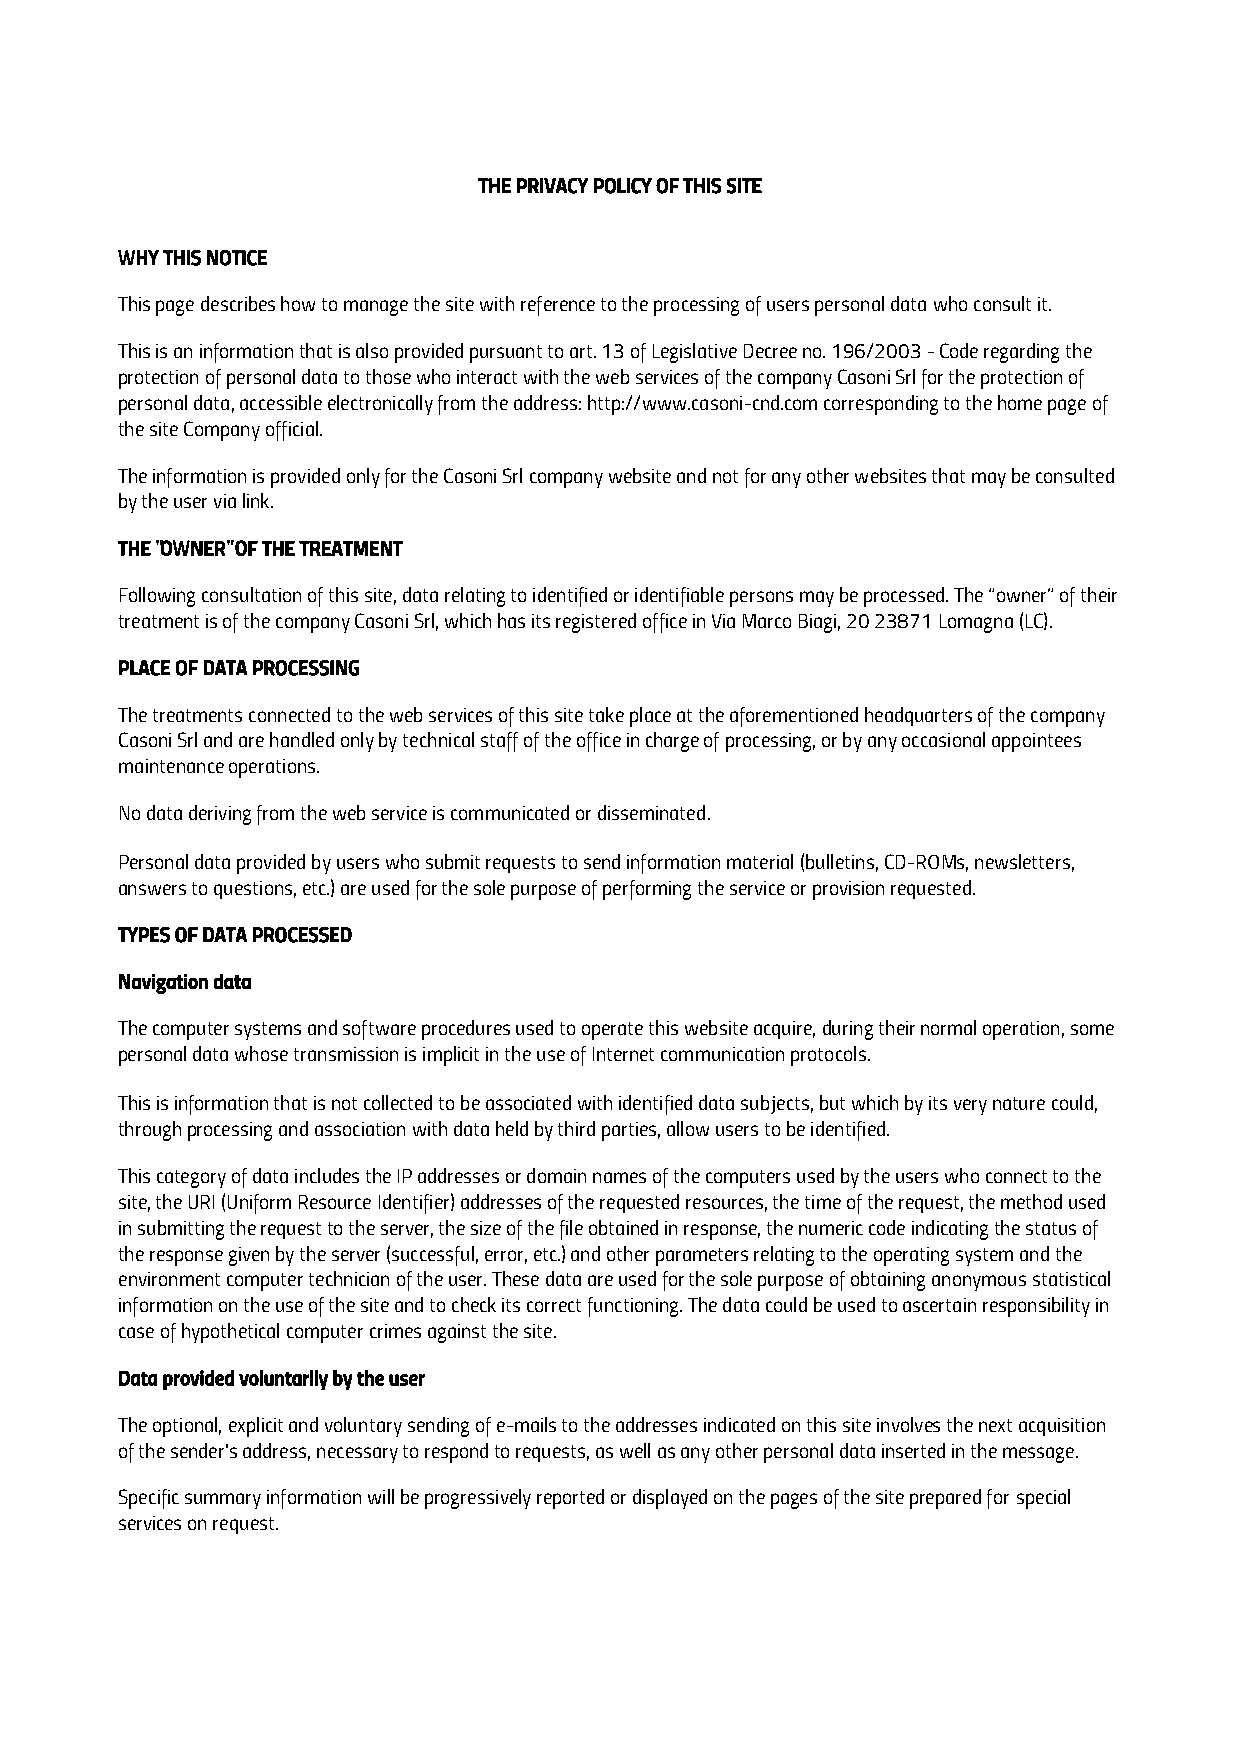
THE PRIVACY POLICY OF THIS SITE
 WHY THIS NOTICE
 This page describes how to manage the site with reference to the processing of users personal data who consult it.
 This is an information that is also provided pursuant to art. 13 of Legislative Decree no. 196/2003 - Code regarding the
 protection of personal data to those who interact with the web services of the company Casoni Srl for the protection of
 personal data, accessible electronically from the address: http://www.casoni-cnd.com corresponding to the home page of
 the site Company official.
 The information is provided only for the Casoni Srl company website and not for any other websites that may be consulted
 by the user via link.
 THE "OWNER" OF THE TREATMENT
 Following consultation of this site, data relating to identified or identifiable persons may be processed. The “owner” of their
 treatment is of the company Casoni Srl, which has its registered office in Via Marco Biagi, 20 23871 Lomagna (LC).
 PLACE OF DATA PROCESSING
 The treatments connected to the web services of this site take place at the aforementioned headquarters of the company
 Casoni Srl and are handled only by technical staff of the office in charge of processing, or by any occasional appointees
 maintenance operations.
 No data deriving from the web service is communicated or disseminated.
 Personal data provided by users who submit requests to send information material (bulletins, CD-ROMs, newsletters,
 answers to questions, etc.) are used for the sole purpose of performing the service or provision requested.
 TYPES OF DATA PROCESSED
 Navigation data
 The computer systems and software procedures used to operate this website acquire, during their normal operation, some
 personal data whose transmission is implicit in the use of Internet communication protocols.
 This is information that is not collected to be associated with identified data subjects, but which by its very nature could,
 through processing and association with data held by third parties, allow users to be identified.
 This category of data includes the IP addresses or domain names of the computers used by the users who connect to the
 site, the URI (Uniform Resource Identifier) addresses of the requested resources, the time of the request, the method used
 in submitting the request to the server, the size of the file obtained in response, the numeric code indicating the status of
 the response given by the server (successful, error, etc.) and other parameters relating to the operating system and the
 environment computer technician of the user. These data are used for the sole purpose of obtaining anonymous statistical
 information on the use of the site and to check its correct functioning. The data could be used to ascertain responsibility in
 case of hypothetical computer crimes against the site.
 Data provided voluntarily by the user
 The optional, explicit and voluntary sending of e-mails to the addresses indicated on this site involves the next acquisition
 of the sender's address, necessary to respond to requests, as well as any other personal data inserted in the message.
 Specific summary information will be progressively reported or displayed on the pages of the site prepared for special
 services on request.